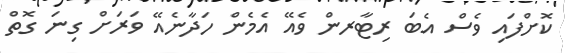
ކޮށްފައި ވެސް އެބަ ރިޓާރން ވެއޭ އެމެން ހަދާނެއޭ ވަރަށް ގިނަ ގޮތް